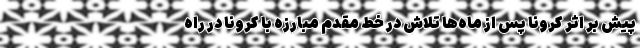
پیش بر اثر کرونا پس از ماه‌ها تلاش در خط مقدم مبارزه با کرونا در راه